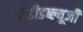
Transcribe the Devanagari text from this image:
डीडीडब्ल्यूजी